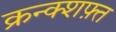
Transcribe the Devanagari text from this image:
क्रन्क्शफ़्त